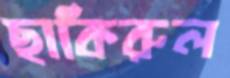
ছাকিরুল